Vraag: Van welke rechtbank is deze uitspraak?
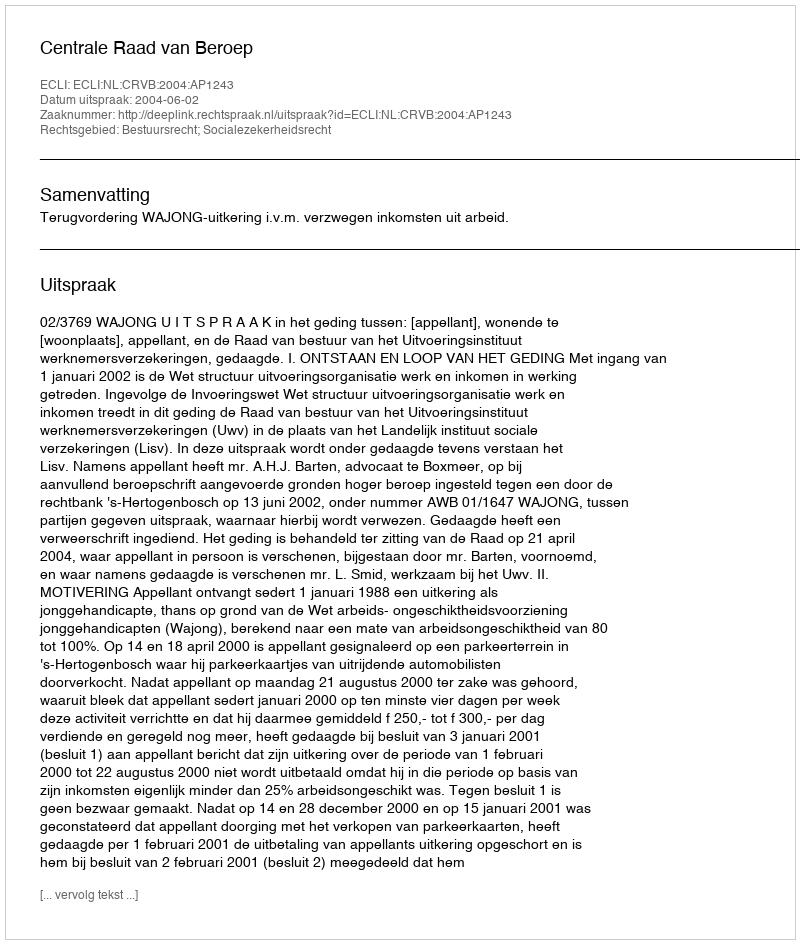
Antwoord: Centrale Raad van Beroep